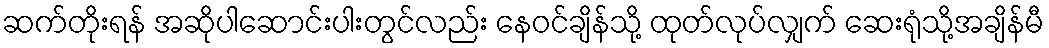
ဆက်တိုးရန် အဆိုပါဆောင်းပါးတွင်လည်း နေဝင်ချိန်သို့ ထုတ်လုပ်လျှက် ဆေးရုံသို့အချိန်မီ